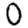
Digit: 0